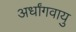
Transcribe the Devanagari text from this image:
अर्धांगवायु